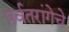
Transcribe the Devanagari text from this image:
पर्वतरांगेचे